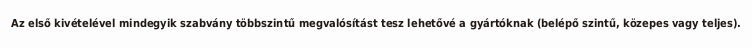
Az első kivételével mindegyik szabvány többszintű megvalósítást tesz lehetővé a gyártóknak (belépő szintű, közepes vagy teljes).